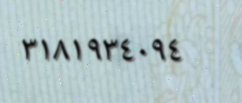
٣١٨١٩٣٤٠٩٤